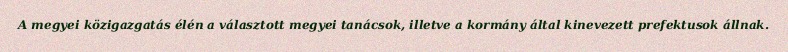
A megyei közigazgatás élén a választott megyei tanácsok, illetve a kormány által kinevezett prefektusok állnak.